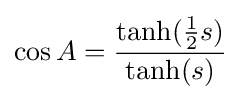
\cos A={\frac {{\textrm {tanh}}({\frac {1}{2}}s)}{{\textrm {tanh}}(s)}}